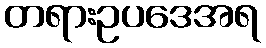
တရားဥပဒေအရ